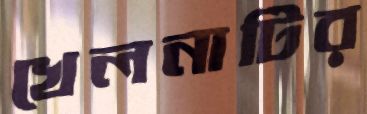
খেলনাটির